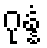
ဂုန္နံ